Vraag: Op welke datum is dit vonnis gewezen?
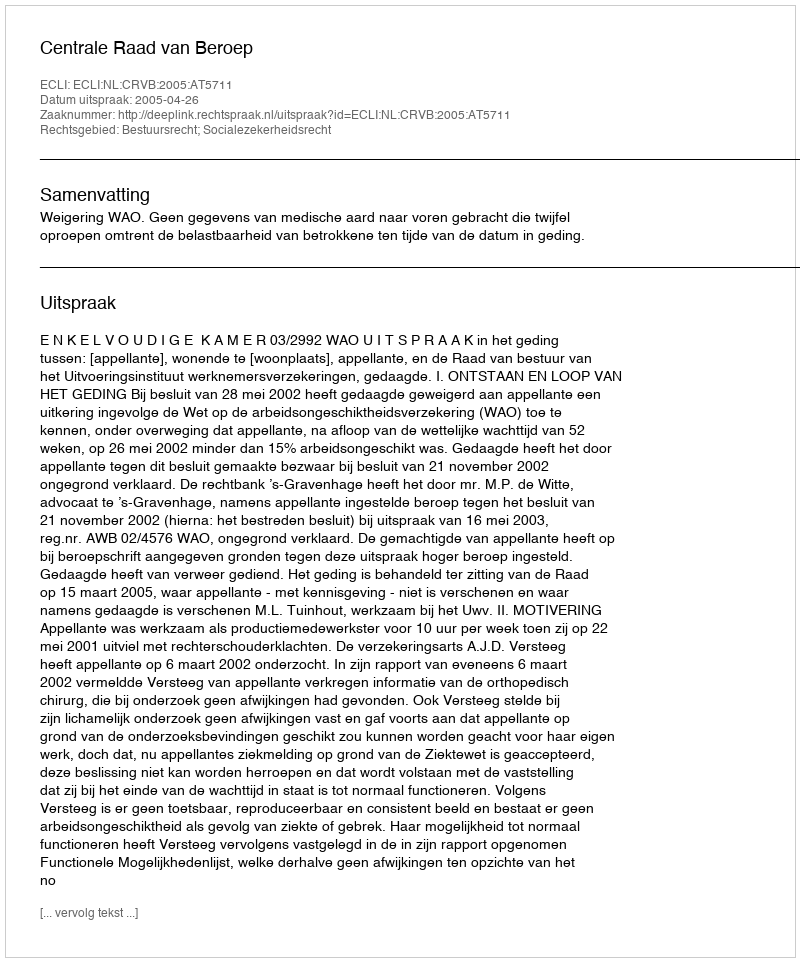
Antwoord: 2005-04-26